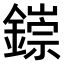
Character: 𫓁